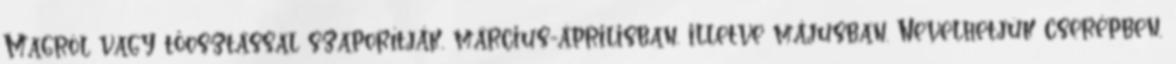
Magról vagy tőosztással szaporítják, március-áprilisban, illetve májusban. Nevelhetjük cserépben,